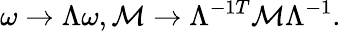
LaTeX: \omega\rightarrow\Lambda\omega,{\cal M}\rightarrow\Lambda^{-1T}{\cal M}\Lambda^{-1}.